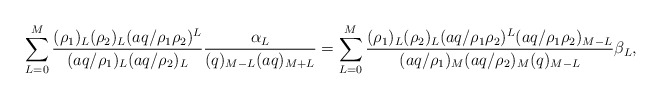
\begin{align*}\sum_{L=0}^M \frac{(\rho_1)_L (\rho_2)_L (aq/\rho_1\rho_2)^L}{(aq/\rho_1)_L (aq/\rho_2)_L} \frac{\alpha_L}{(q)_{M-L} (aq)_{M+L}}=\sum_{L=0}^M \frac{(\rho_1)_L (\rho_2)_L (aq/\rho_1\rho_2)^L (aq/\rho_1\rho_2)_{M-L}}{(aq/\rho_1)_M (aq/\rho_2)_M (q)_{M-L}}\beta_L,\end{align*}